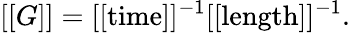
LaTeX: [[G]]=[[\mathrm{time}]]^{-1}[[\mathrm{length}]]^{-1}.